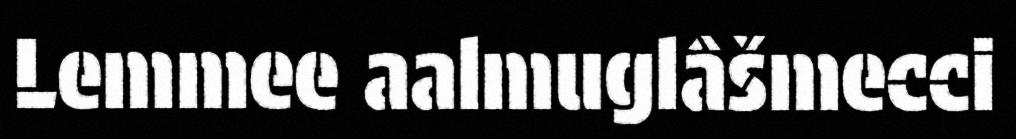
Lemmee aalmuglâšmecci